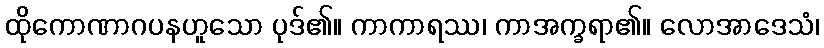
ထိုကောဏာဂပနဟူသော ပုဒ်၏။ ကာကာရဿ၊ ကာအက္ခရာ၏။ လောအာဒေသံ၊